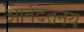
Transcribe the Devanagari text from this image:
आनंदतनय